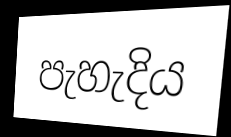
පැහැදිය